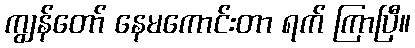
ကျွန်တော် နေမကောင်းတာ ရက် ကြာပြီ။